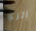
اتري